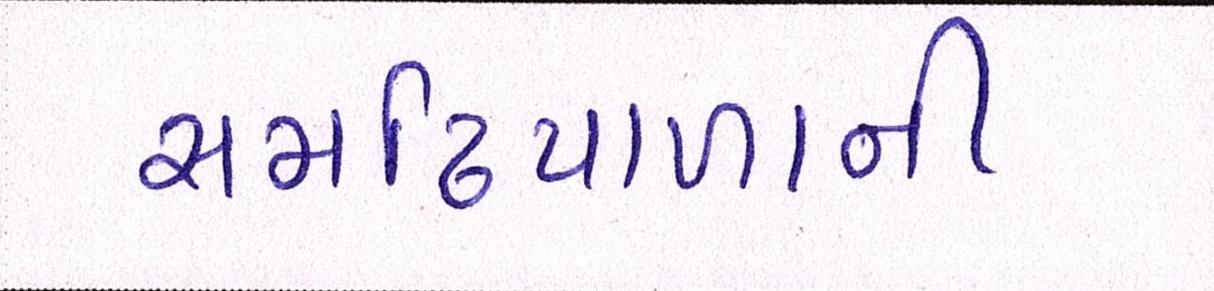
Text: સમઢિયાળાની